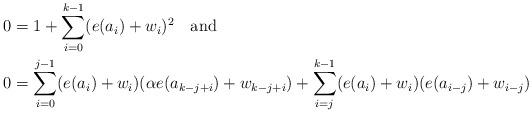
LaTeX: \begin{align*} 0 & = 1 + \sum_{i=0}^{k-1}(e(a_i) + w_i)^2\quad\mbox{and} \\ 0 & = \sum_{i=0}^{j-1}(e(a_i) + w_i)(\alpha e(a_{k-j+i}) + w_{k-j+i}) + \sum_{i=j}^{k-1}(e(a_i) + w_i)(e(a_{i-j})+ w_{i-j})\end{align*}